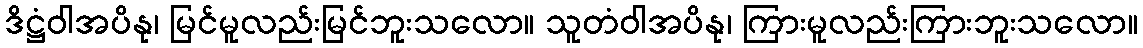
ဒိဋ္ဌံဝါအပိနု၊ မြင်မူလည်းမြင်ဘူးသလော။ သူတံဝါအပိနု၊ ကြားမူလည်းကြားဘူးသလော။